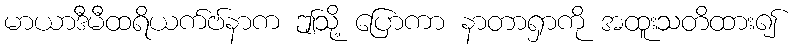
မာယာဒီမီထရိယက်ဗ်နာက ဤသို့ ပြောကာ နာတာရှာကို အထူးသတိထား၍